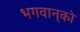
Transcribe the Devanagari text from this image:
भगवान्‌को